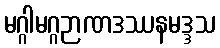
မဂ္ဂါမဂ္ဂဉာဏဒဿနမဒ္ဒသ